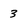
Character: 3